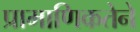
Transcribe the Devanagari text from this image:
प्रामाणिकतेने